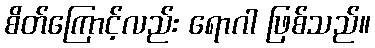
စိတ်ကြောင့်လည်း ရောဂါ ဖြစ်သည်။